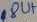
Text: 8UT